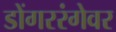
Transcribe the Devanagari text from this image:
डोंगररंगेवर